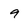
Character: 9